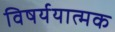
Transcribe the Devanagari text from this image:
विषर्ययात्मक